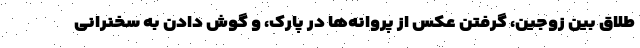
طلاق بین زوجین، گرفتن عکس از پروانه‌ها در پارک، و گوش دادن به سخنرانی